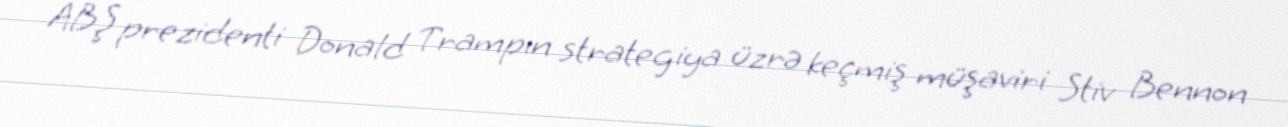
ABŞ prezidenti Donald Trampın strategiya üzrə keçmiş müşaviri Stiv Bennon